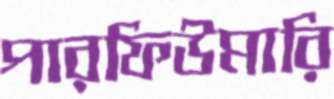
পারফিউমারি